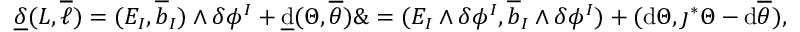
\underline { { \delta } } ( L , \overline { { \ell } } ) = ( E _ { I } , \overline { { b } } _ { I } ) \wedge \delta \phi ^ { I } + \underline { { \mathrm { d } } } ( \Theta , \overline { { \theta } } ) \& = ( E _ { I } \wedge \delta \phi ^ { I } , \overline { { b } } _ { I } \wedge \delta \phi ^ { I } ) + ( \mathrm { d } \Theta , \jmath ^ { * } \Theta - \mathrm { d } \overline { { \theta } } ) ,